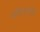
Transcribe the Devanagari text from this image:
कौतूहलव्रत्ति